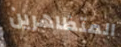
المتظاهرين